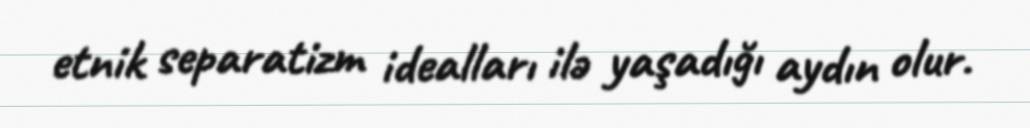
etnik separatizm idealları ilə yaşadığı aydın olur.